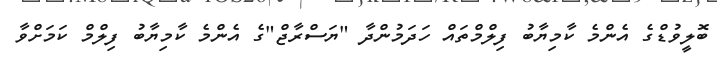
ބޮލީވުޑްގެ އެންމެ ކާމިޔާބު ފިލްމްތައް ހަދަމުންދާ "ޔަސްރާޖް"ގެ އެންމެ ކާމިޔާބު ފިލްމް ކަމަށްވާ